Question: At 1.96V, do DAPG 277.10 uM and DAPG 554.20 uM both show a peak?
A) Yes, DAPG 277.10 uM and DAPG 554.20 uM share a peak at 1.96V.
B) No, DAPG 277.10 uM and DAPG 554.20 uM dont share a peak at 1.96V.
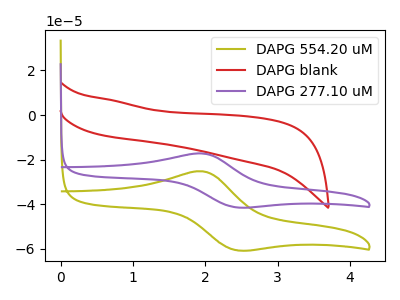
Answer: <think>The olive curve "DAPG 554.20 uM" has an anodic peak at (1.95V, -25.25uA) and a cathodic peak at (2.45V, -60.70uA). The red curve "DAPG blank" has no peaks. The purple curve "DAPG 277.10 uM" has an anodic peak at (1.95V, -17.25uA) and a cathodic peak at (2.45V, -41.45uA).</think>
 <answer>A) Yes, "DAPG 277.10 uM" and "DAPG 554.20 uM" share a peak at 1.96V.</answer>
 <eval>A</eval>